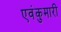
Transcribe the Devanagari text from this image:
एवंकुमारी